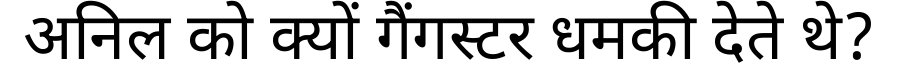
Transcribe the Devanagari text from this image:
अनिल को क्यों गैंगस्टर धमकी देते थे?